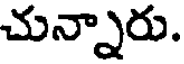
చున్నారు.